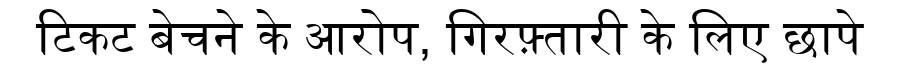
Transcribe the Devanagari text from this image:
टिकट बेचने के आरोप, गिरफ़्तारी के लिए छापे